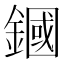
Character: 𨫵